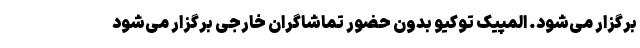
برگزار می‌شود. المپیک توکیو بدون حضور تماشاگران خارجی برگزار می‌شود